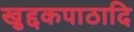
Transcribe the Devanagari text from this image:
खुद्दकपाठादि